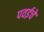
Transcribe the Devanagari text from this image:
पवईचे